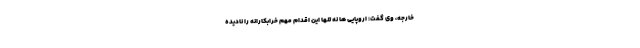
خارجه، وی گفت: اروپایی ها نه تنها این اقدام مهم خرابکارانه را نادیده